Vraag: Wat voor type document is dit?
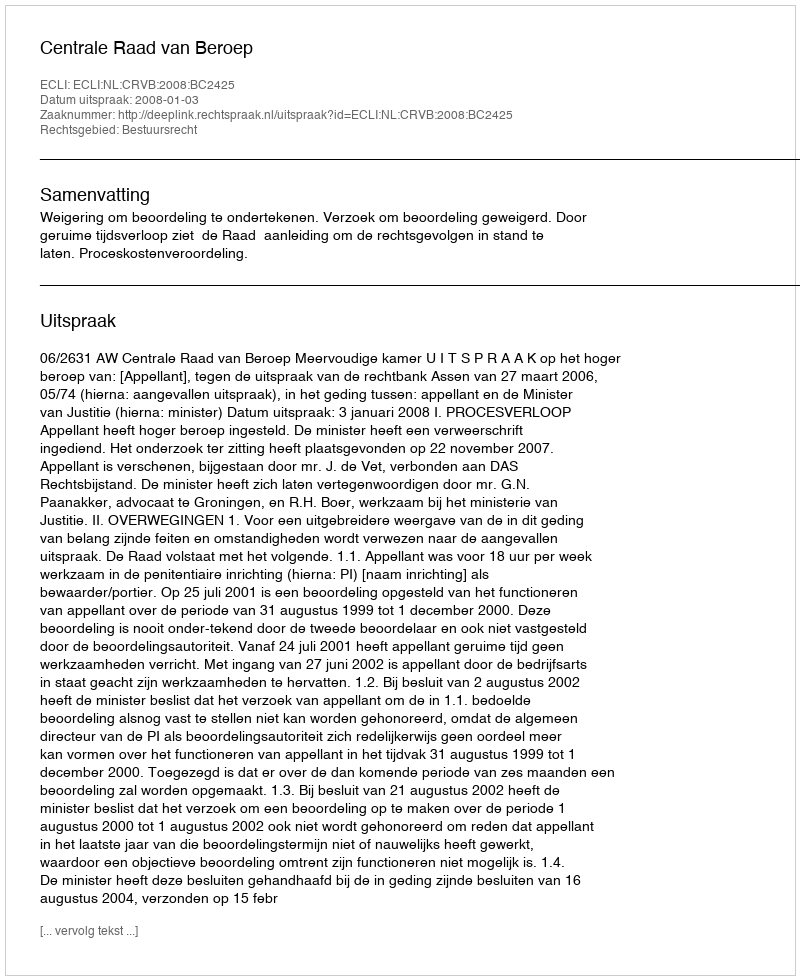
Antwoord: Uitspraak